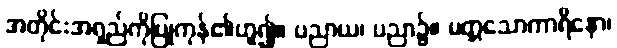
အတိုင်းအရှည်ကိုပြုကုန်၏ဟူ၍။ ပညာယ၊ ပညာ၌။ မတ္တသောကာရိနော၊